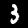
Label: 3